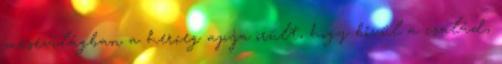
mesevilágban a herceg apja örült, hogy bővül a család,